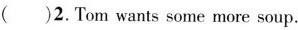
( )2. Tom wants some more soup.